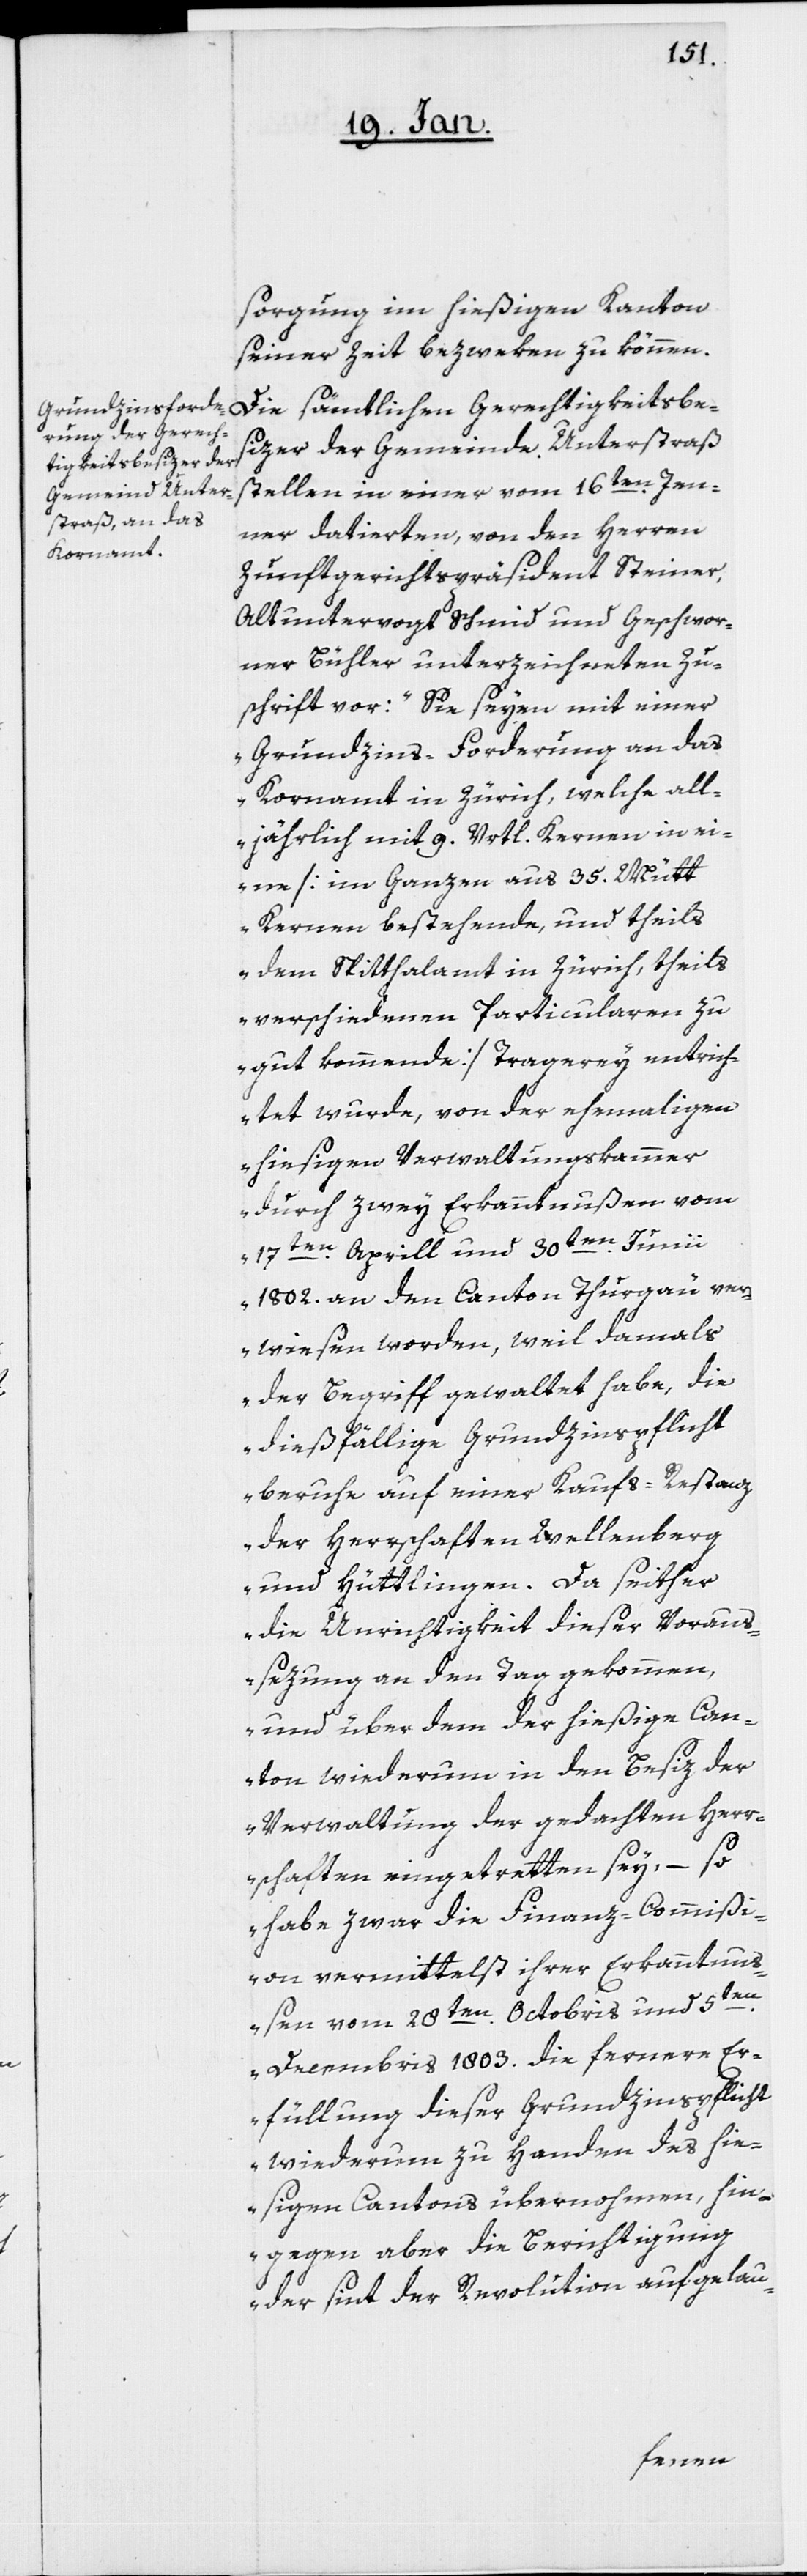
sorgung im hießigen Kanton
seiner Zeit bezweken zu können.
Die sämtlichen Gerechtigkeitsbe¬
sizer der Gemeinde Unterstraß
stellen in einer vom 16ten. Jen¬
ner datierten, von den Herren
Zunftgerichtspräsident Steiner,
Altuntervogt Schmid und Geschwor¬
ner Bühler unterzeichneten Zu¬
schrift vor: „Sie seyen mit einer
Grundzins-Forderung an das
Kornamt in Zürich, welche all¬
jährlich mit 9. Vrtl. Kernen in ei¬
ne [im Ganzen aus 35. Mütt
Kernen bestehende, und theils
dem Spitthalamt in Zürich, theils
verschiedenen Particularen zu
gut kommende] Tragerey entrich¬
tet wurde, von der ehemaligen
hiesigen Verwaltungskammer
durch zwey Erkanntnußen vom
17ten. Aprill und 30sten. Junii
1802. an den Canton Thurgäu ver¬
wiesen worden, weil damals
der Begriff gewaltet habe, die
dießfällige Grundzinspflicht
beruhe auf einer Kaufs-Restanz
der Herrschaften Wellenberg
und Hüttlingen. Da seither
die Unrichtigkeit dieser Voraus¬
sezung an den Tag gekommen,
und über dem der hießige Can¬
ton wiederum in den Besiz der
Verwaltung der gedachten Herr¬
schaften eingetretten sey, – so
habe zwar die Finanz-Commißi¬
on vermittelst ihrer Erkanntn¬
ußen vom 28sten. Octobris und 5ten.
Decembris 1803. die fernere Er¬
füllung dieser Grundzinspflicht
wiederum zu Handen des hie¬
ßigen Cantons übernohmen, hin¬
gegen aber die Berichtigung
der sint der Revolution aufgelau-